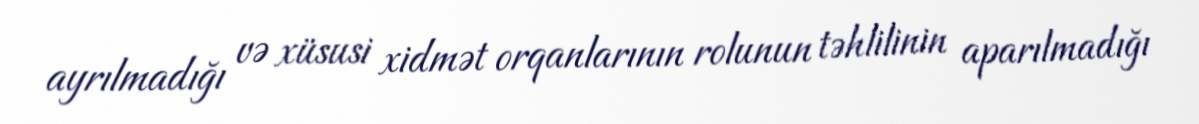
ayrılmadığı və xüsusi xidmət orqanlarının rolunun təhlilinin aparılmadığı